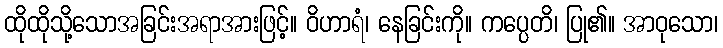
ထိုထိုသို့သောအခြင်းအရာအားဖြင့်။ ဝိဟာရံ၊ နေခြင်းကို။ ကပ္ပေတိ၊ ပြု၏။ အာဝုသော၊